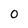
Character: 0